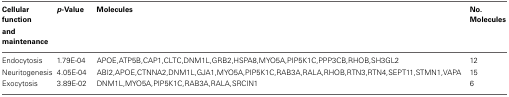
<table><thead><tr><td><b>Cellular function and maintenance</b></td><td><b><i>p</i>-Value</b></td><td><b>Molecules</b></td><td><b>No. Molecules</b></td></tr></thead><tbody><tr><td>Endocytosis</td><td>1.79E-04</td><td>APOE,ATP5B,CAP1,CLTC,DNM1L,GRB2,HSPA8,MYO5A,PIP5K1C,PPP3CB,RHOB,SH3GL2</td><td>12</td></tr><tr><td>Neuritogenesis</td><td>4.05E-04</td><td>ABI2,APOE,CTNNA2,DNM1L,GJA1,MYO5A,PIP5K1C,RAB3A,RALA,RHOB,RTN3,RTN4,SEPT11,STMN1,VAPA</td><td>15</td></tr><tr><td>Exocytosis</td><td>3.89E-02</td><td>DNM1L,MYO5A,PIP5K1C,RAB3A,RALA,SRCIN1</td><td>6</td></tr></tbody></table>